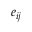
e _ { i j }